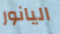
اليانور